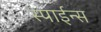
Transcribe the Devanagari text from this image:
स्पाईन्स